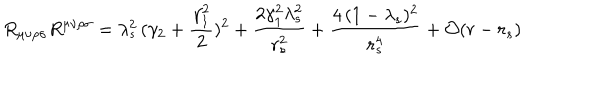
R _ { \mu \nu \rho \sigma } R ^ { \mu \nu \rho \sigma } = \lambda _ { s } ^ { 2 } \, ( \gamma _ { 2 } + \frac { \gamma _ { 1 } ^ { 2 } } { 2 } ) ^ { 2 } + \frac { 2 \gamma _ { 1 } ^ { 2 } \lambda _ { s } ^ { 2 } } { r _ { s } ^ { 2 } } + \frac { 4 \, ( 1 - \lambda _ { s } ) ^ { 2 } } { r _ { s } ^ { 4 } } + { \cal { O } } ( r - r _ { s } )